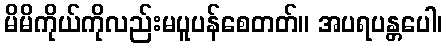
မိမိကိုယ်ကိုလည်းမပူပန်စေတတ်။ အပရပန္တပေါ၊